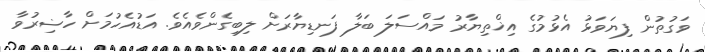
ވަގުތުން ފިޔަވަޅު އެޅުމުގެ އިޚްތިޔާރު މައްސަލަ ބަލާ ފަނޑިޔާރަށް ލިބިގެންވެއެވެ. އަޑުއެހުމަށް ހާޟިރުވާ